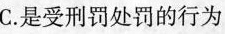
C.是受刑罚处罚的行为